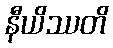
နီယိဿတိ